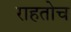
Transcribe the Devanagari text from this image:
राहतोच